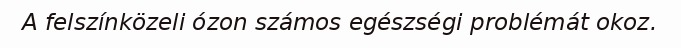
A felszínközeli ózon számos egészségi problémát okoz.